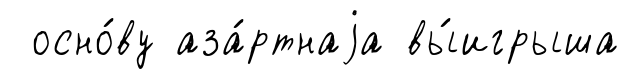
осно́ву аза́ртнаjа вы́игрыша